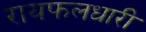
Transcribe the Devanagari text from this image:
रायफलधारी